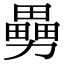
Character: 𠢿